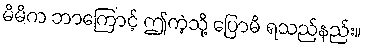
မိမိက ဘာကြောင့် ဤကဲ့သို့ ပြောမိ ရသည်နည်း။